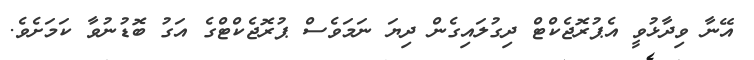
އޭނާ ވިދާޅުވީ އެޕުރޮޖެކްޓް ދިގުލައިގެން ދިޔަ ނަމަވެސް ޕުރޮޖެކްޓްގެ އަގު ބޮޑުނުވާ ކަމަށެވެ.